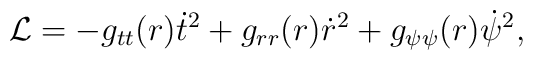
{\cal L}= -g_{tt}(r)\dot{t}^2 +g_{rr}(r) \dot{r}^2 + g_{\psi\psi}(r) \dot{\psi}^2,